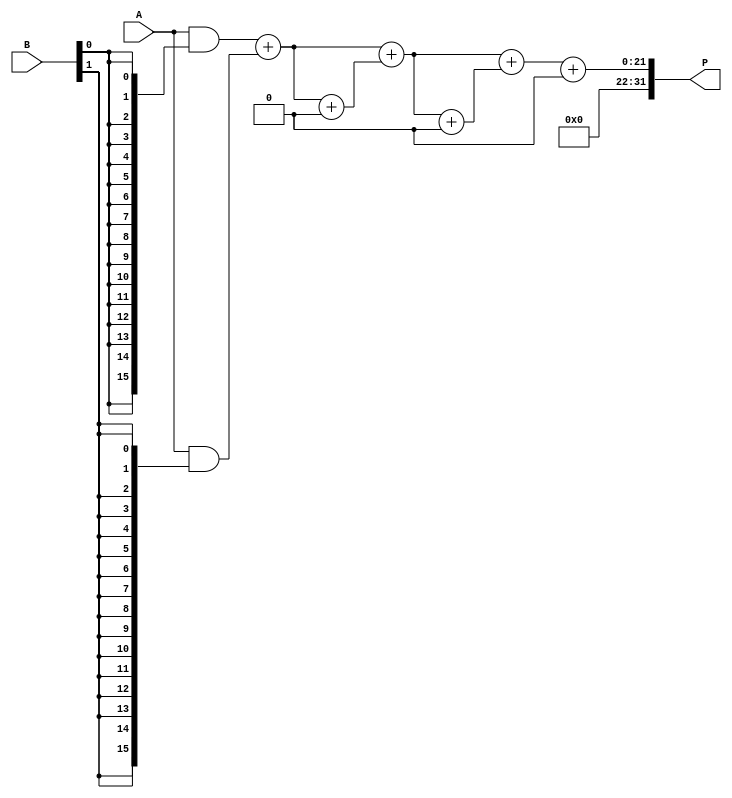
module variable_length_wallace_tree_multiplier #(
    parameter MAX_WIDTH = 16 // Maximum width of inputs A and B
)(
    input [MAX_WIDTH-1:0] A, // Input A
    input [MAX_WIDTH-1:0] B, // Input B
    output reg [2*MAX_WIDTH-1:0] P // Output product
);

    // Internal signals
    wire [MAX_WIDTH-1:0] partial_products[MAX_WIDTH-1:0];
    wire [2*MAX_WIDTH-1:0] sum_stage1[MAX_WIDTH-1:0];
    wire [2*MAX_WIDTH-1:0] carry_stage1[MAX_WIDTH-1:0];
    wire [2*MAX_WIDTH-1:0] sum_stage2[MAX_WIDTH-1:0];
    wire [2*MAX_WIDTH-1:0] carry_stage2[MAX_WIDTH-1:0];
    wire [2*MAX_WIDTH-1:0] final_sum;
    wire [2*MAX_WIDTH-1:0] final_carry;

    // Generate partial products
    genvar i;
    generate
        for (i = 0; i < MAX_WIDTH; i = i + 1) begin : gen_partial_products
            assign partial_products[i] = A & {MAX_WIDTH{B[i]}};
        end
    endgenerate

    // Wallace Tree Reduction
    // Stage 1: Combine partial products using half and full adders
    integer j;
    always @(*) begin
        for (j = 0; j < MAX_WIDTH; j = j + 1) begin
            if (j % 2 == 0) begin
                // Half adder for even indexed bits
                {carry_stage1[j], sum_stage1[j]} = partial_products[j] + partial_products[j+1];
            end else begin
                // Full adder for odd indexed bits
                {carry_stage1[j], sum_stage1[j]} = partial_products[j] + partial_products[j-1] + carry_stage1[j-1];
            end
        end
    end

    // Stage 2: Further reduction
    always @(*) begin
        for (j = 0; j < MAX_WIDTH; j = j + 1) begin
            if (j % 2 == 0) begin
                {carry_stage2[j], sum_stage2[j]} = sum_stage1[j] + sum_stage1[j+1];
            end else begin
                {carry_stage2[j], sum_stage2[j]} = sum_stage1[j] + sum_stage1[j-1] + carry_stage1[j-1];
            end
        end
    end

    // Final summation
    always @(*) begin
        P = sum_stage2[0] + sum_stage2[1] + carry_stage2[0];
    end

endmodule